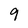
Character: 9